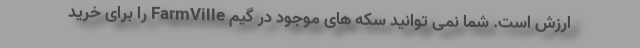
ارزش است. شما نمی توانید سکه های موجود در گیم FarmVille را برای خرید